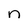
Character: n